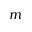
m